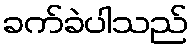
ခက်ခဲပါသည်